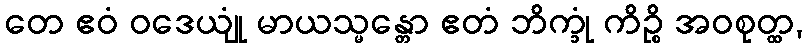
တေ ဧဝံ ဝဒေယျုံ မာယသ္မန္တော ဧတံ ဘိက္ခုံ ကိဉ္စိ အဝစုတ္ထ,